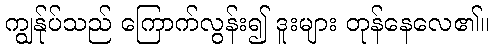
ကျွန်ုပ်သည် ကြောက်လွန်း၍ ဒူးများ တုန်နေလေ၏။